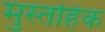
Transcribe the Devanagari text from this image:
मुस्तहिक